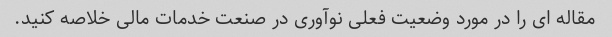
مقاله ای را در مورد وضعیت فعلی نوآوری در صنعت خدمات مالی خلاصه کنید.